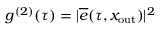
g ^ { ( 2 ) } ( \tau ) = | \overline { { e } } ( \tau , x _ { \mathrm { o u t } } ) | ^ { 2 }